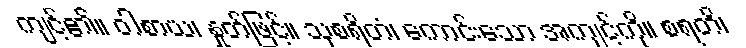
ကျင့်၏။ ဝါစာယ၊ နှုတ်ဖြင့်။ သုစရိတံ၊ ကောင်းသော အကျင့်ကို။ စရတိ၊